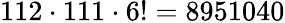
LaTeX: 112\cdot 111\cdot 6!=8951040